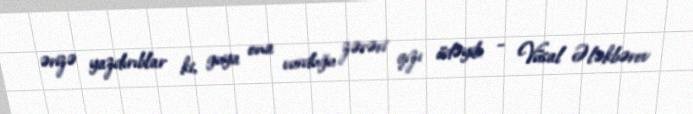
ərizə yazdırıblar ki, guya ona vurduğu zərəri qızı ödəyib: - Vüsal Ələkbərov